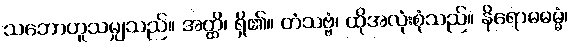
သဘောဟူသမျှသည်။ အတ္ထိ၊ ရှိ၏။ တံသဗ္ဗံ၊ ထိုအလုံးစုံသည်။ နိရောဓဓမ္မံ၊